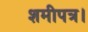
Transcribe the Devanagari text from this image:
शमीपत्र।